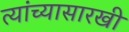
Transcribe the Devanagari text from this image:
त्यांच्यासारखी